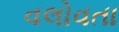
વલોવતા